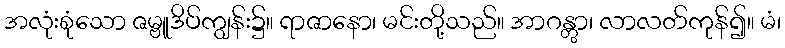
အလုံးစုံသော ဇမ္ဗူဒိပ်ကျွန်း၌။ ရာဇာနော၊ မင်းတို့သည်။ အာဂန္တွာ၊ လာလတ်ကုန်၍။ မံ၊